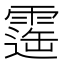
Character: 𩄫